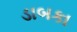
ડાબકા